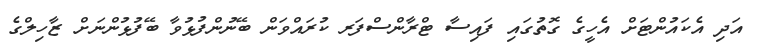
އަދި އެކައުންޓަށް އެހީގެ ގޮތުގައި ފައިސާ ޓްރާންސްފަރ ކުރައްވަން ބޭނުންފުޅުވާ ބޭފުޅުންނަށް ޒާހިލްގެ